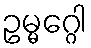
ဥမ္မဂ္ဂေါ